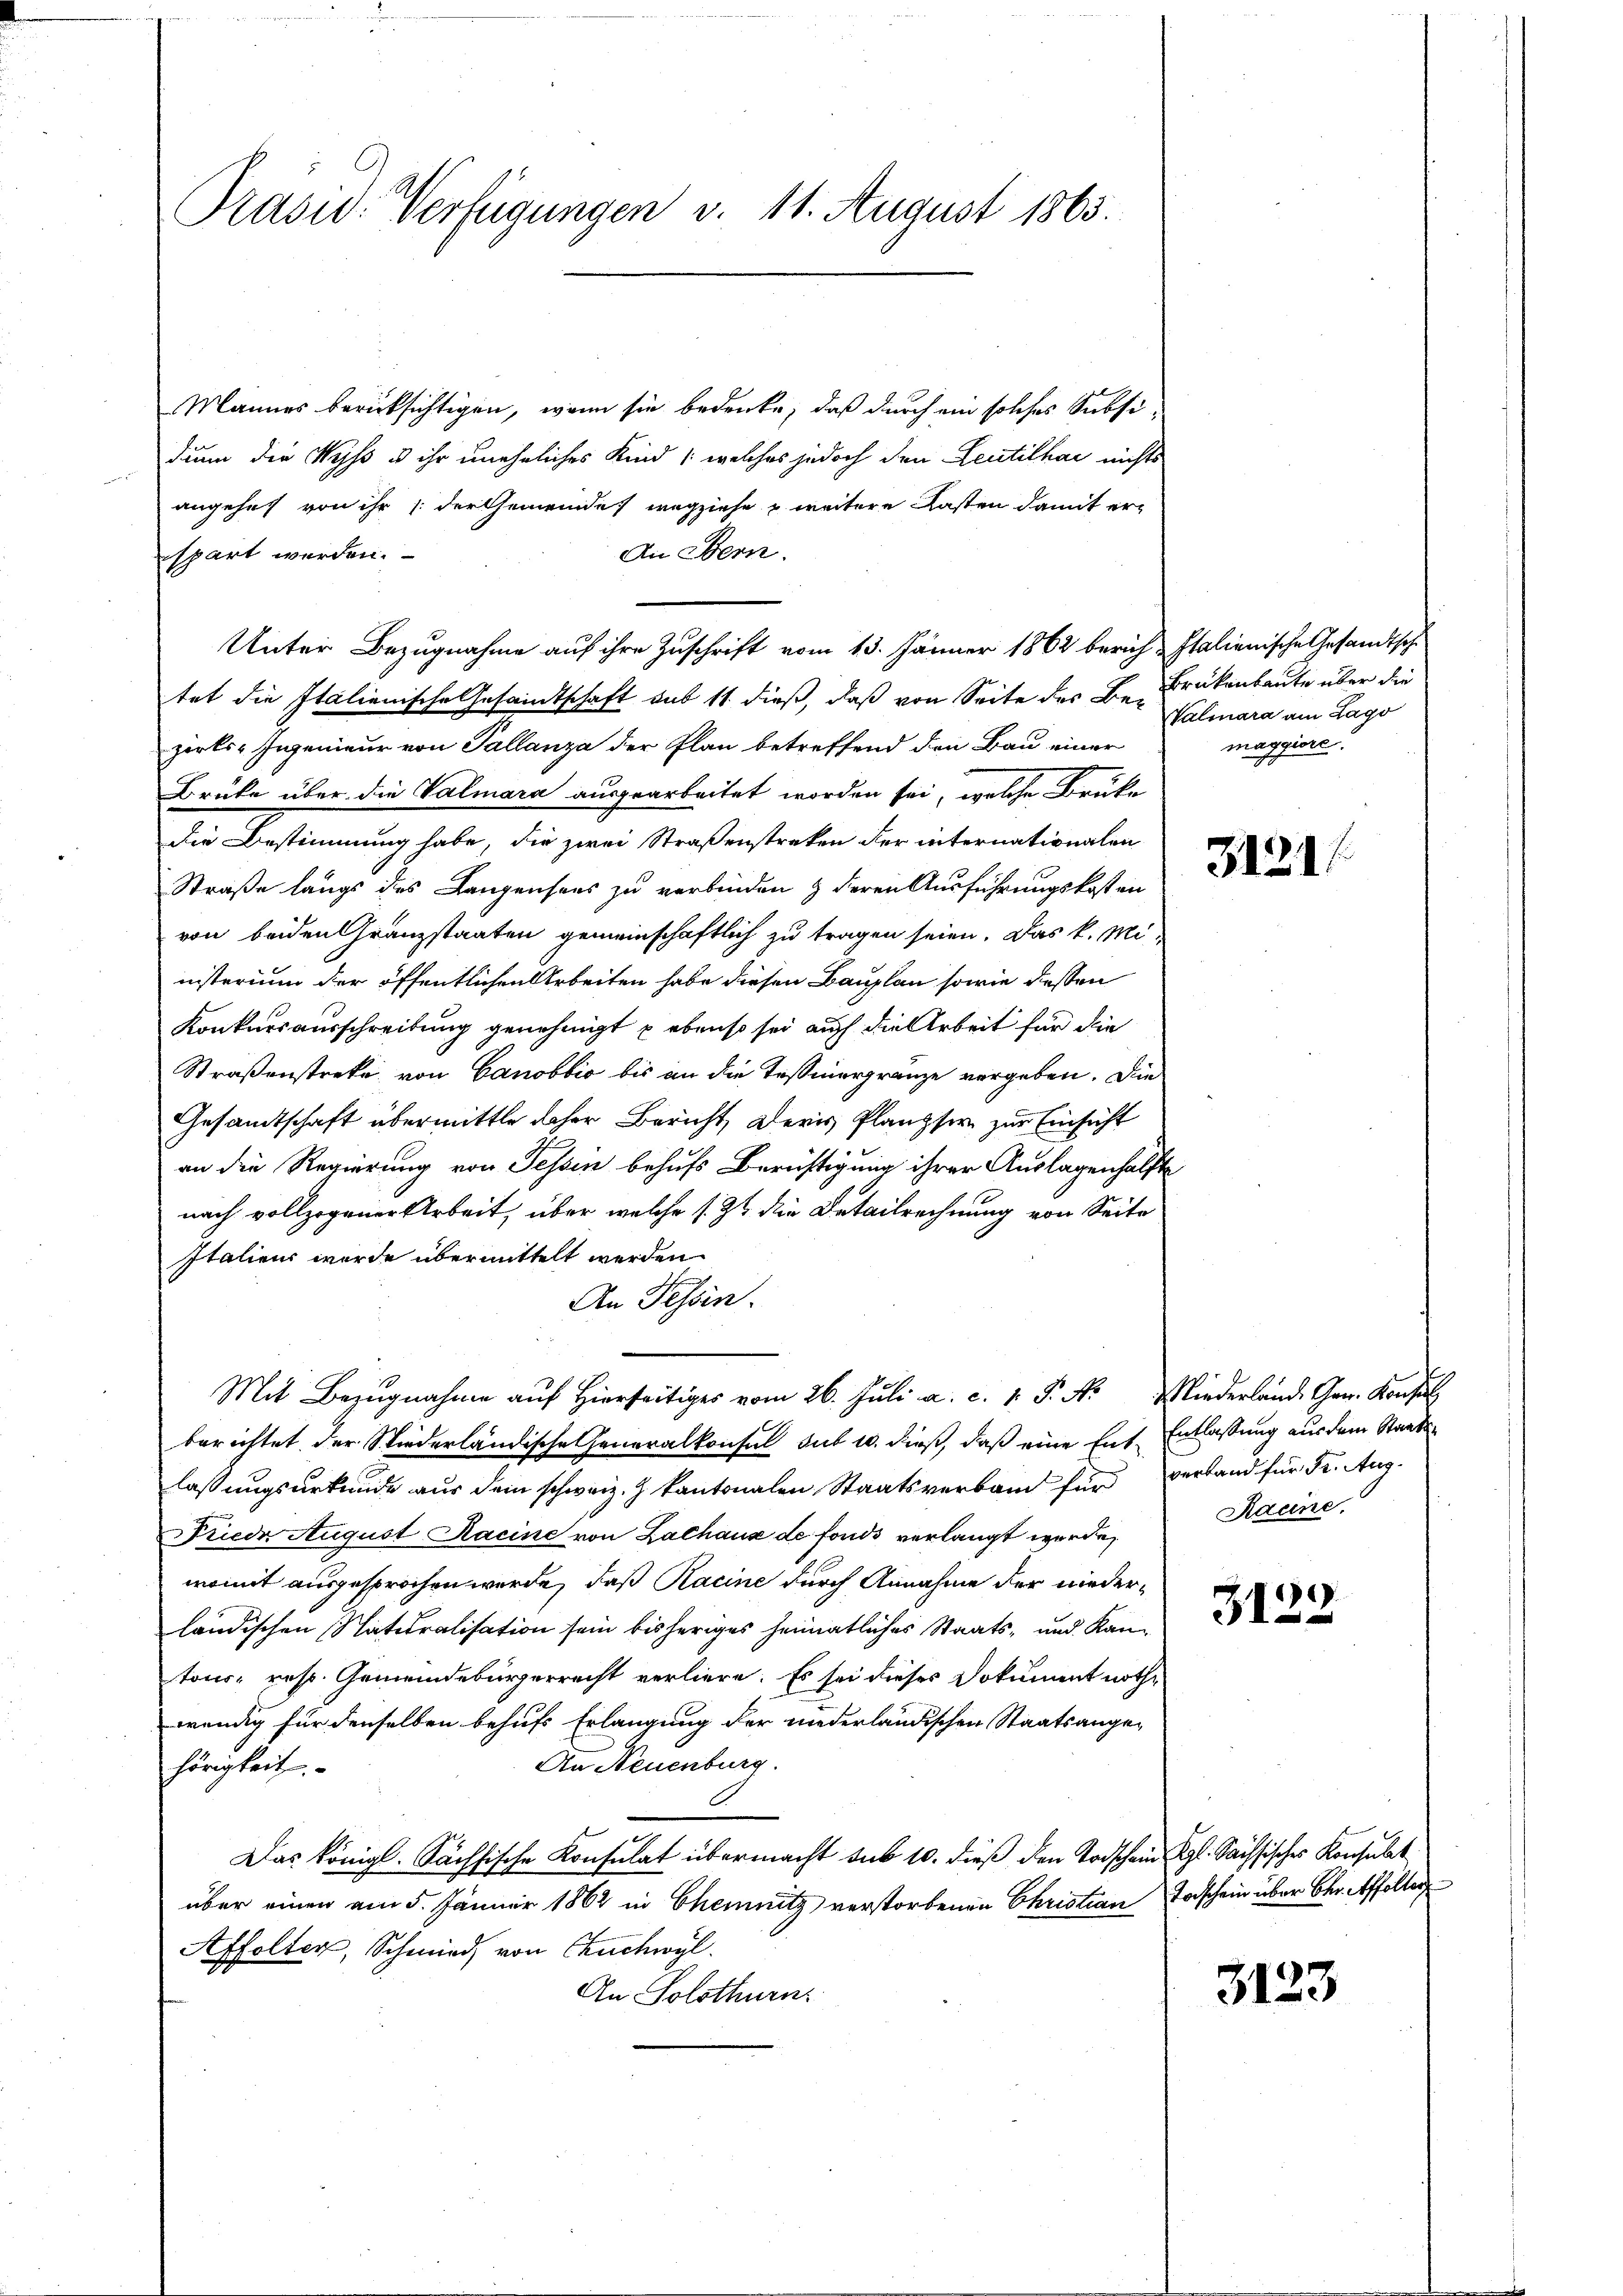
Prasw. Verfügungen v. 11. August 1863.

Mannes berücksichtigen, wenn sie bedenke, daß durch ein solches Subsi-
dann die Wyss u ihr uneheliches Kind /: welches jedoch den Leutelhai nichts
angehet von ihr (der Gemeinde wegziehe u weitere Kasten damit er¬
An Bern.
spart werden.
Unter Bezugnahme auf ihre Zuschrift vom 13. Jänner 1862 berich-Italienische Gesandtsche
tet die Italienische Gesamtschaft sub 11 dieß, daß von Seite des Be-Brükenbaute über die
zirks-Ingenieur von Tallanza der Plan betreffend den Bau einer
Brüke über die Valmara ausgearbeitet worden sei, welche Brüke
Die Bestimmung habe, die zwei Straßenstreken der internationalen
Straße längs des Langensees zu verbinden & deren Ausführungskosten
von beiden Gränzstaaten gemeinschaftlich zu tragen seien. Das k. Mi-
nisterium der öffentlichen Arbeiten habe diesen Bauplan sowie dessen
Konkursausschreibung genehmigt p ebenso sei auch die Arbeit für die
Straßenstreke, von Canobbio bis an die Tessinergränze vergeben. Die
Gesandtschaft übermittle daher Bericht, ders Planzser zur Einsicht
an die Regierung von Tessin behufs Berichtigung ihrer Auslagenhälfte
nach vollzogener Arbeit, über welche s. Z. die Detailrechnung von Seite
Italiens wurde übermittelt werden
An Tessin.
Mit Bezugnahme auf hierseitiges vom 26. Juli a. c. 1. P. Nr. Wiederland Gen. Konsul
berichtet der Stiederländische Generalkonsul sub u. dieß, daß eine Ent-Entlassung aus dem Staatslassungsurkunde aus dem schweiz. Z. kantonalen Staatsverband für verland für Fr. Aug.
Friede August Racine von Zachaus de fonds verlangt werde,
womit ausgesprochen werde, daß Kacine durch Annahme der niederländischen Naturalisation sein bisheriges heimatliches Staats- und Kantons- resp. Gemeindebürgerrecht verliere. Es sei dieses Dokument nothwendig für denselben behufs Erlangung der niederländischen Staatsange¬
An Neuenburg.
hörigkeit
Das königl. Sächsische Konsulat übermacht sub 10. dieß den Todschein G. Sachsisches Konsulat
über einen am 5. Jänner 1862 in Chemnitz verstorbenen Christian Taschein über Chr. Affolter
Affolter, Schmid, von Chuchwyl
An Solothurn

Valmara am Lago
maggiore.

3121

Racine,

3122

3123